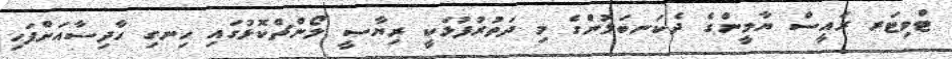
ޓްވިޓަރ ރައީސް ޔާމީންގެ ދެކަނބަލުންގެ މި ދަތުރުފުޅަކީ ރިޔާސީ ލޯންޗްކޮޅުގައި ހިނގި ހާދިސާއަށްފަހި